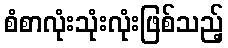
စံစာလုံးသုံးလုံးဖြစ်သည့်